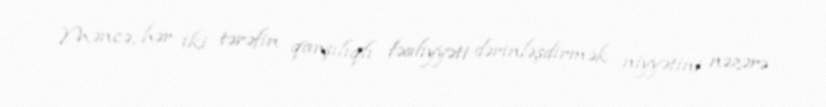
Məncə, hər iki tərəfin qarşılıqlı fəaliyyəti dərinləşdirmək niyyətini nəzərə